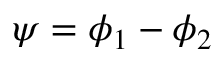
\psi = \phi _ { 1 } - \phi _ { 2 }